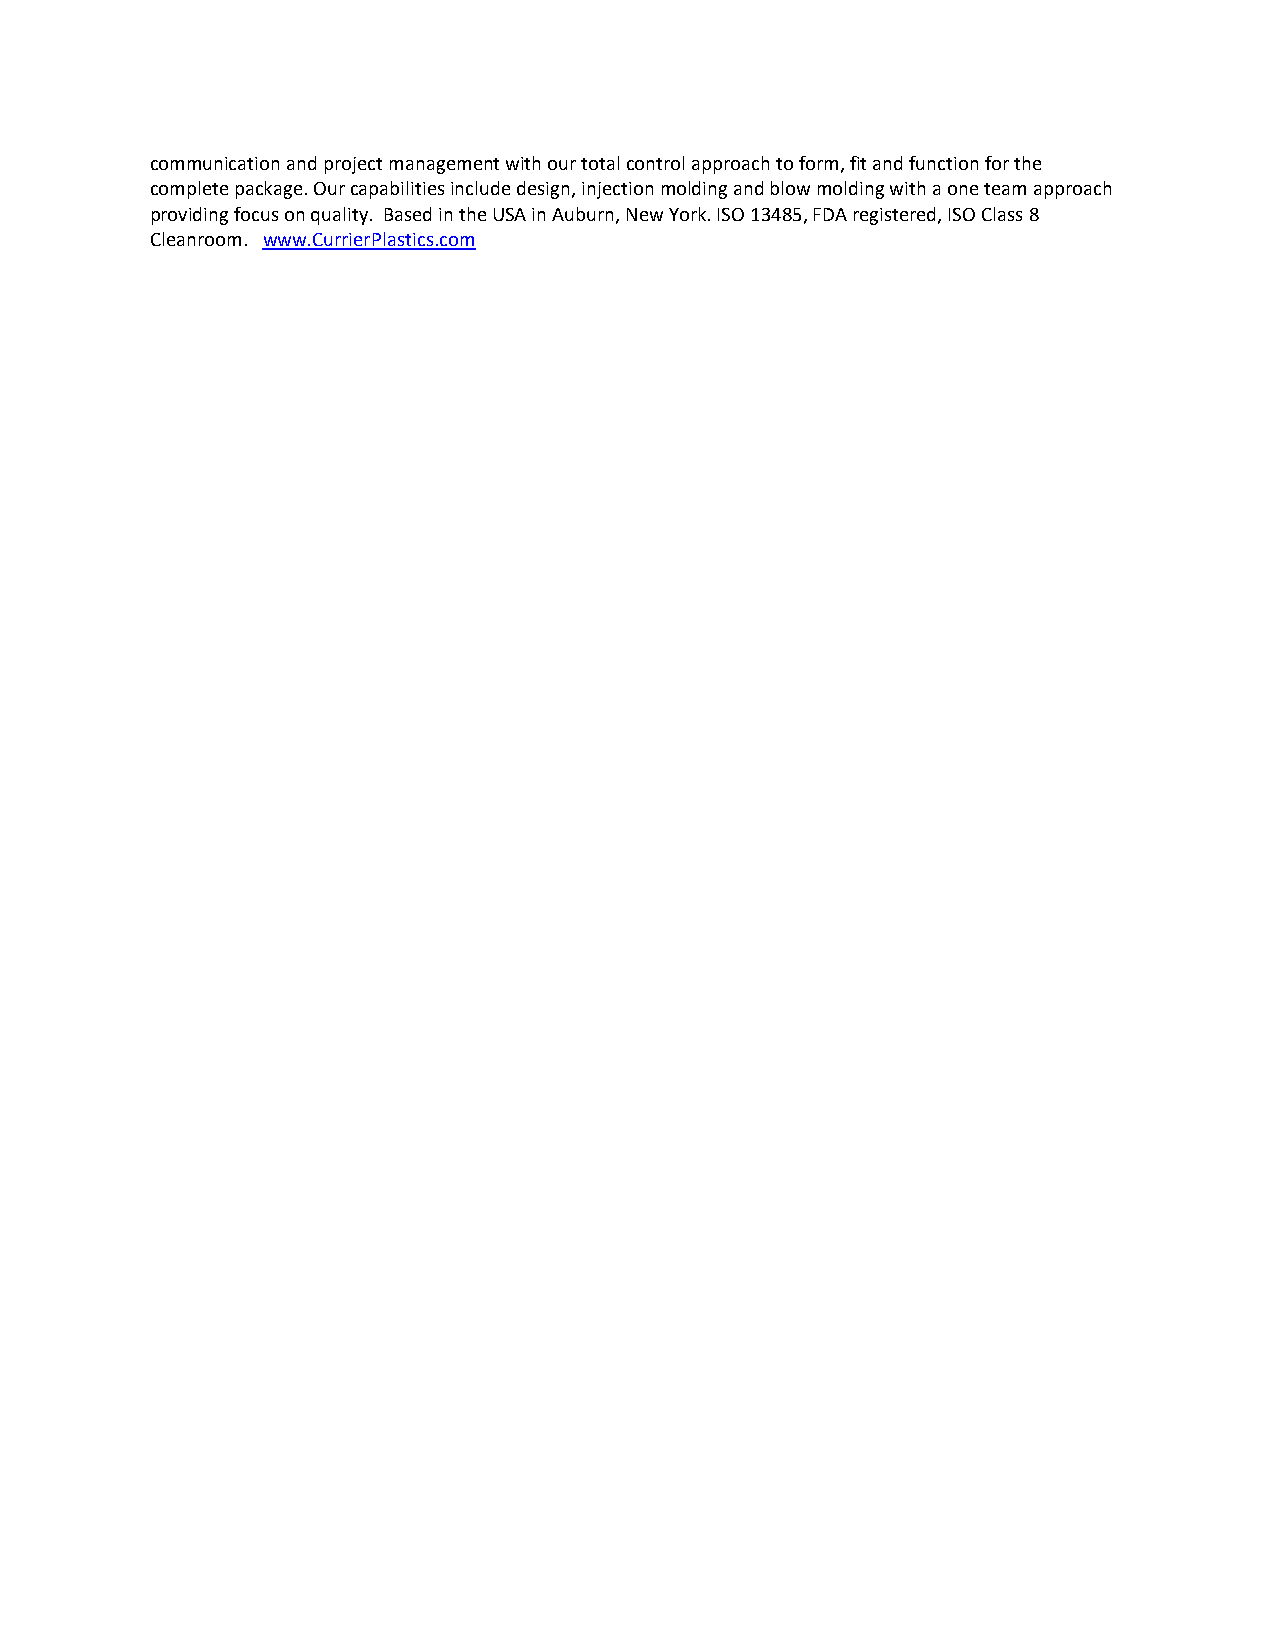
communication and project management with our total control approach to form, fit and function for the
 complete package. Our capabilities include design, injection molding and blow molding with a one team approach
 providing focus on quality. Based in the USA in Auburn, New York. ISO 13485, FDA registered, ISO Class 8
 Cleanroom. www.CurrierPlastics.com